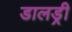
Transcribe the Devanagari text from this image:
डालड्री